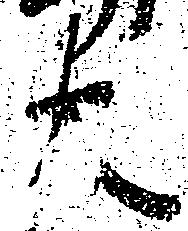
大